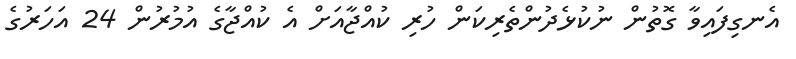
އެނގިފައިވާ ގޮތުން ނުކުޅެދުންތެރިކަން ހުރި ކުއްޖާއަށް އެ ކުއްޖާގެ އުމުރުން 24 އަހަރުގެ